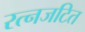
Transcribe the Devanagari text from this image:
रत्नजटित